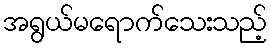
အရွယ်မရောက်သေးသည့်